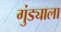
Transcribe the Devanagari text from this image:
गुंड्याला